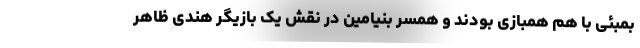
بمبئی با هم همبازی بودند و همسر بنیامین در نقش یک بازیگر هندی ظاهر